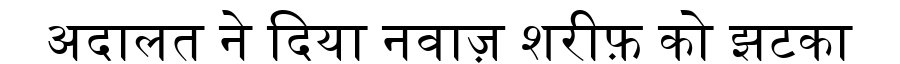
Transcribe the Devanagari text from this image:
अदालत ने दिया नवाज़ शरीफ़ को झटका